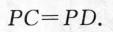
PC = PD$$。